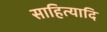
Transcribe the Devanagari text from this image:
साहित्यादि